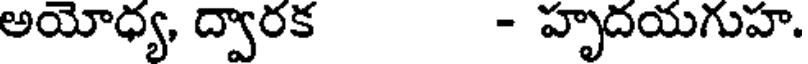
అయోధ్య, ద్వారక - హృదయగుహ.